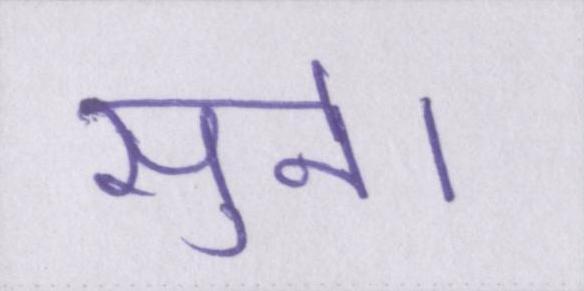
सुने।